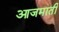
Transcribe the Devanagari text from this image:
आजमाती